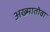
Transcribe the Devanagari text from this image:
अख्मातोवा